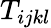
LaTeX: T_{ijkl}